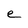
Character: e